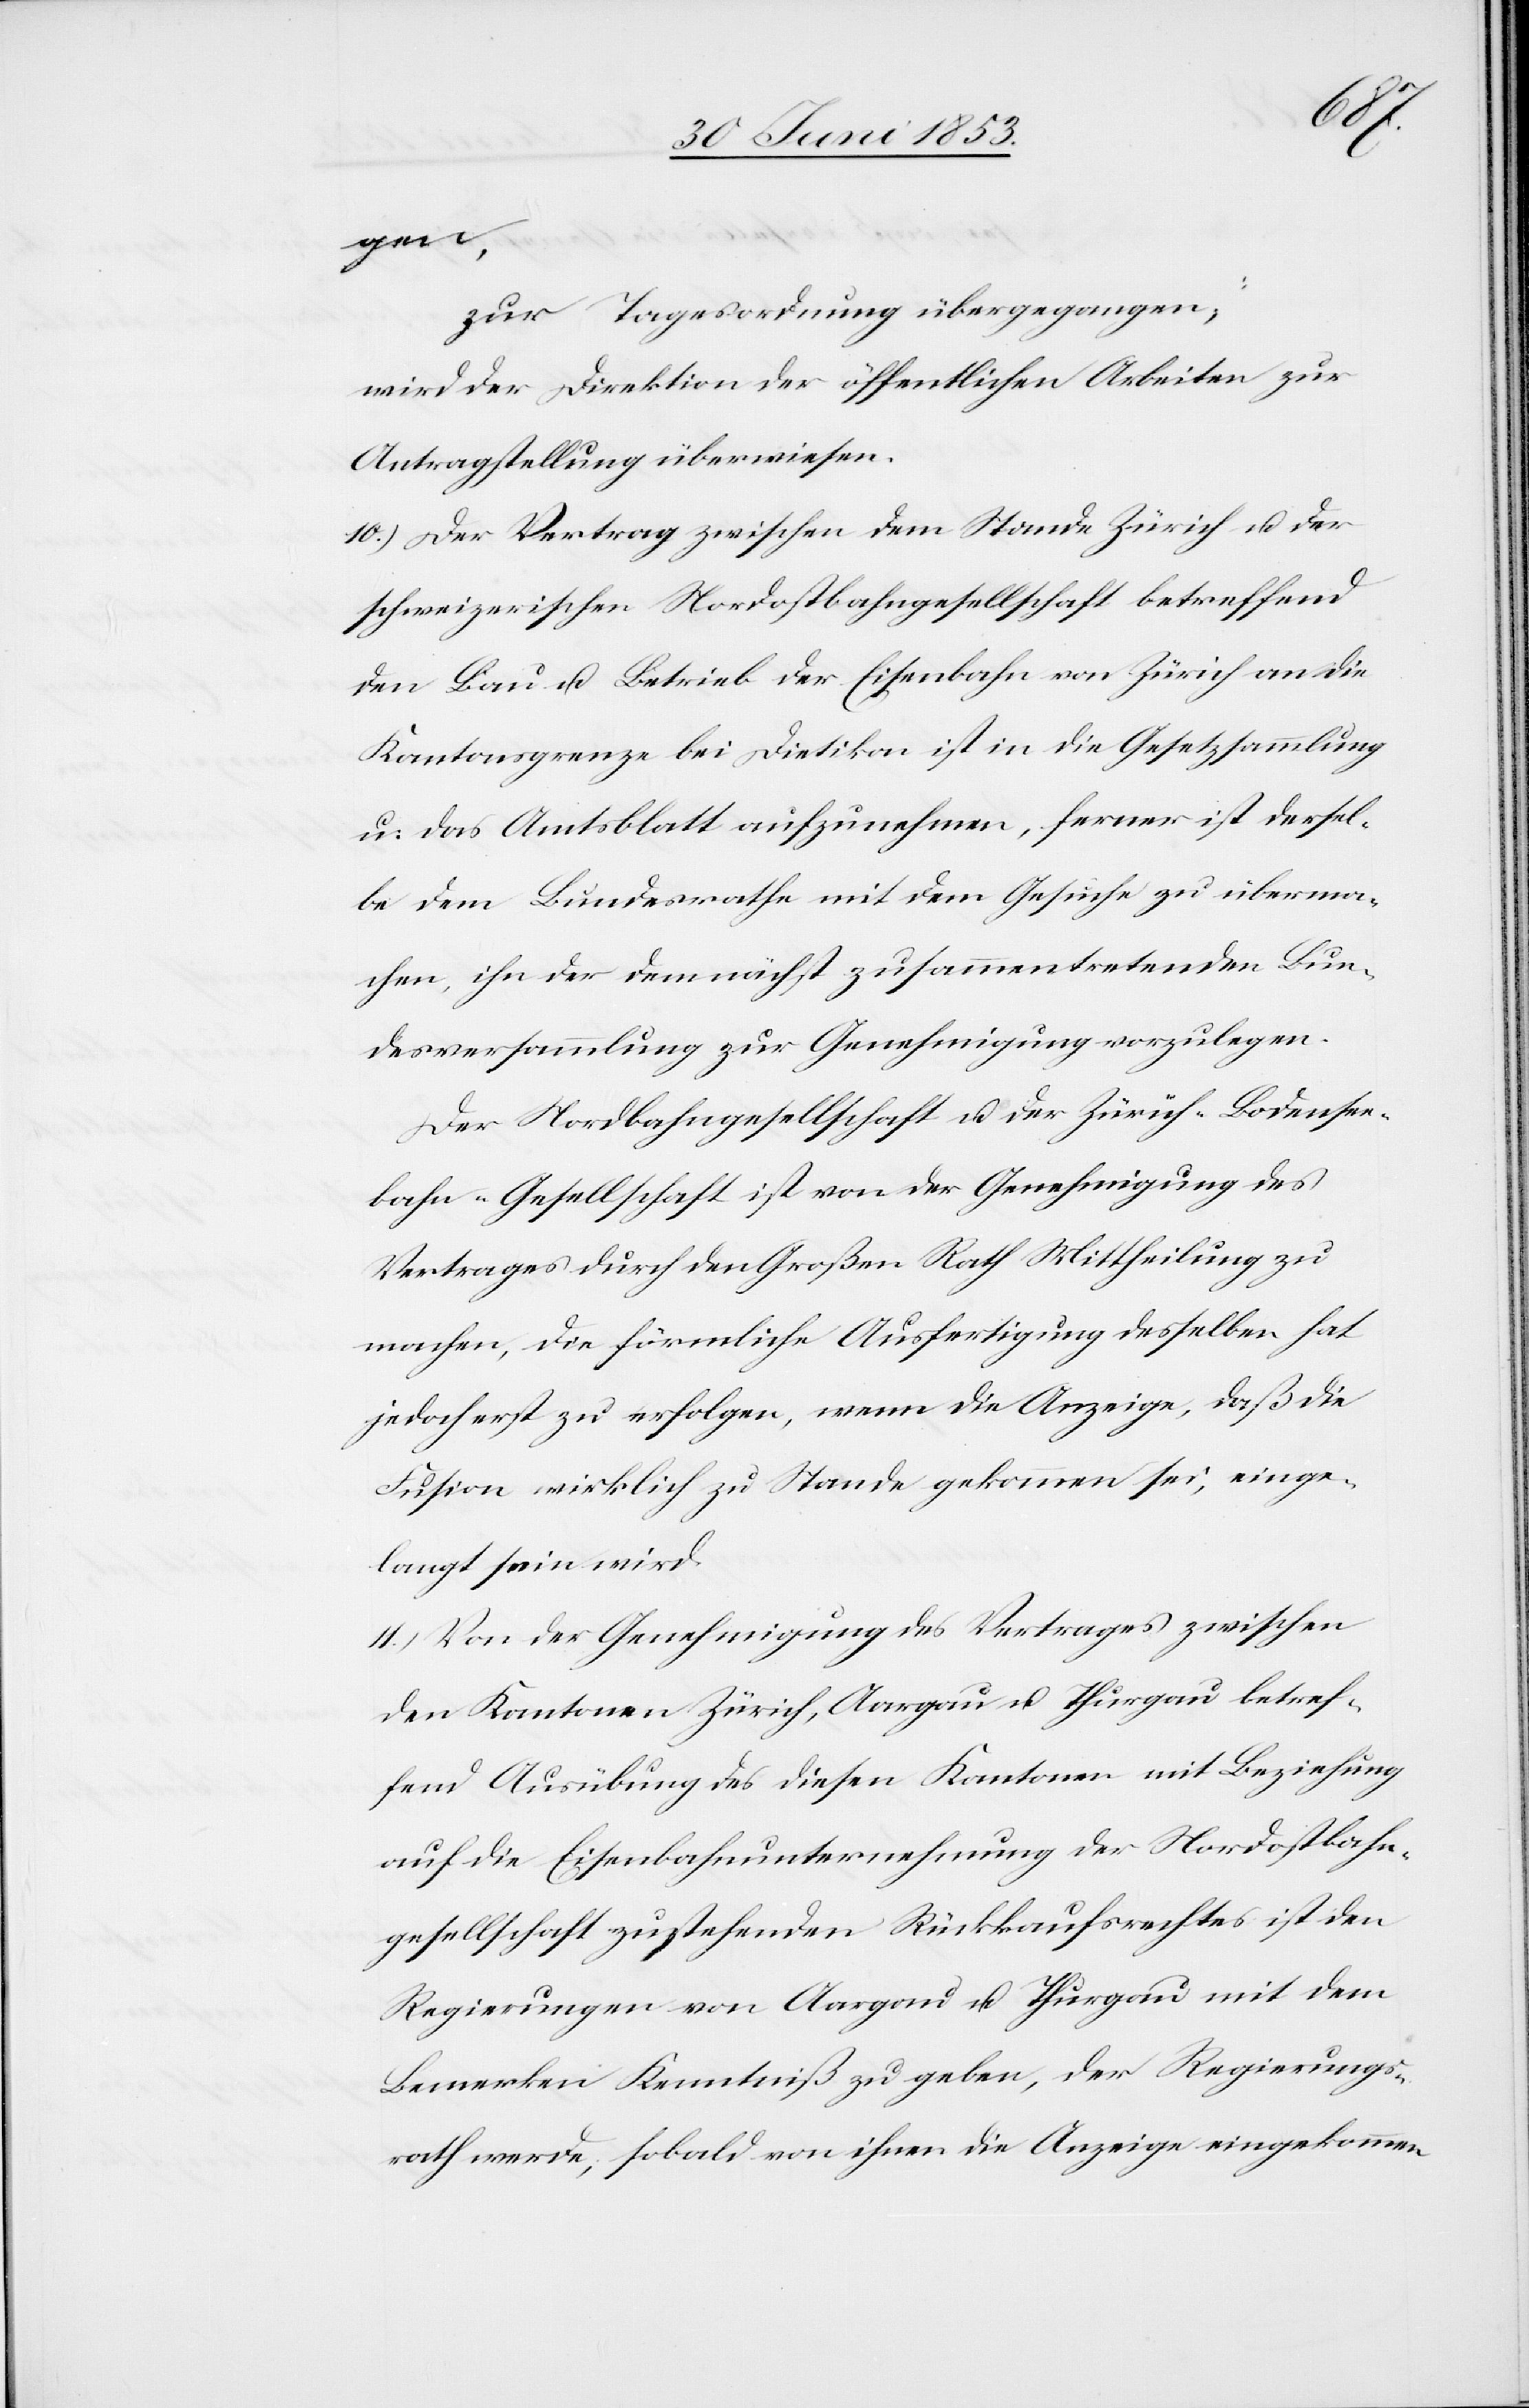
gen,
zur Tagesordnung übergegangen,
wird der Direktion der öffentlichen Arbeiten zur
Antragstellung überwiesen.
10.) Der Vertrag zwischen dem Stande Zürich u. der
schweizerischen Nordbahngesellschaft betreffend
den Bau u. Betrieb der Eisenbahn von Zürich an die
Kantonsgrenze bei Dietikon ist in die Gesetzessammlung
u. das Amtsblatt aufzunehmen, ferner ist dersel¬
be dem Bundesrathe mit dem Gesuche zu überma¬
chen, ihn der demnächst zusammentretenden Bun¬
desversammlung zur Genehmigung vorzulegen.
Der Nordbahngesellschaft u. der Zürich-Bodensee¬
bahn-Gesellschaft ist von der Genehmigung des
Vertrages durch den Großen Rath Mittheilung zu
machen, die förmliche Ausfertigung desselben hat
jedoch erst zu erfolgen, wenn die Anzeige, daß die
Fusion wirklich zu Stande gekommen sei, einge¬
langt sein wird.
11.) Von der Genehmigung des Vertrages zwischen
den Kantonen Zürich, Aargau u. Thurgau betref¬
fend Ausübung des diesen Kantonen mit Beziehung
auf die Eisenbahnunternehmung der Nordostbahn¬
gesellschaft zustehenden Rückkaufsrechtes ist den
Regierungen von Aargau u. Thurgau mit dem
Bemerken Kenntniß zu geben, der Regierungs¬
rath werde, sobald von ihnen die Anzeige eingekommen